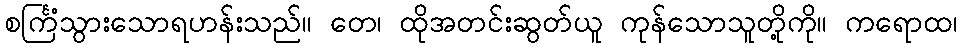
စင်္ကြံသွားသောရဟန်းသည်။ တေ၊ ထိုအတင်းဆွတ်ယူ ကုန်သောသူတို့ကို။ ကရောထ၊